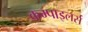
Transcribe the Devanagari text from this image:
कम्पाइलर्स